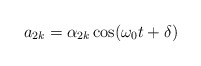
\begin{align*}a_{2k} = \alpha_{2k}\cos(\omega_0t+\delta)\end{align*}